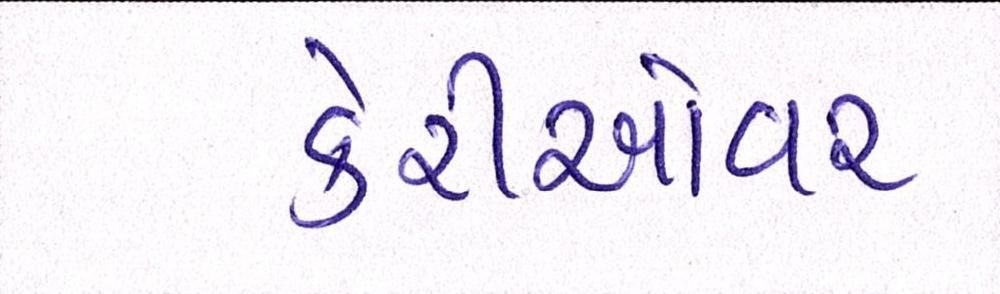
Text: કેરીઓવર